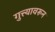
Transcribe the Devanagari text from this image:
गुत्त्यावरून